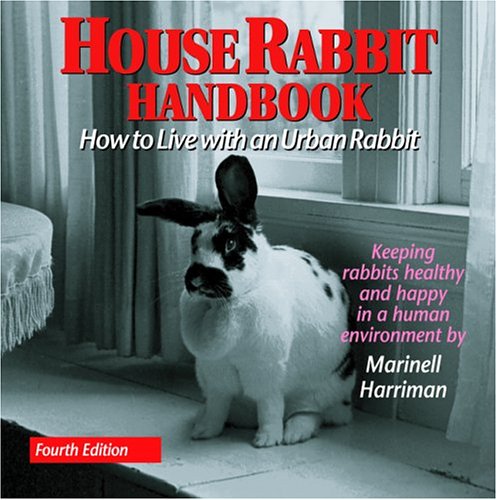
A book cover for House Rabbit Handbook:  How to Live with an Urban Rabbit, 4th Edition; Marinell Harriman; Crafts, Hobbies & Home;